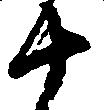
十